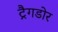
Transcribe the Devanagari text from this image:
ट्रैगडोर